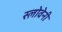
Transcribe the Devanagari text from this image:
स्लोवेनी